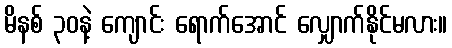
မိနစ် ၃၀နဲ့ ကျောင်း ရောက်အောင် လျှောက်နိုင်မလား။